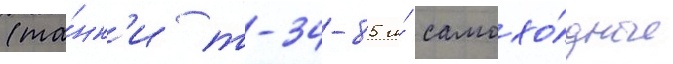
(та́нк'и т-34-85 и́ самохо́дные